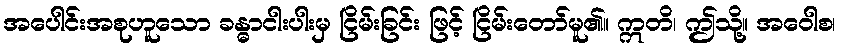
အပေါင်းအစုဟူသော ခန္ဓာငါးပါးမှ ငြိမ်းခြင်း ဖြင့် ငြိမ်းတော်မူ၏။ ဣတိ၊ ဤသို့။ အဝေါစ၊